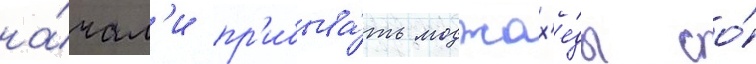
на́чал'и пр'ибыва́ть моджах'е́ды со́